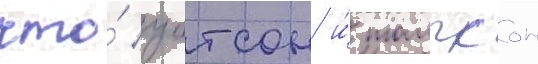
что́ уотсон и́ томпсон